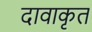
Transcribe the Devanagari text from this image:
दावाकृत